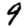
Digit: 9